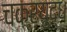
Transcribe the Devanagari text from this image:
चक्रयुद्ध